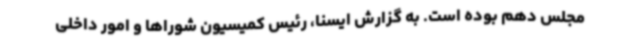
مجلس دهم بوده است. به گزارش ایسنا، رئیس کمیسیون شوراها و امور داخلی